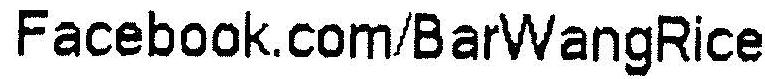
FACEBOOK.COM/BARWANGRICE